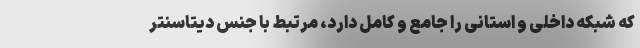
که شبکه داخلی و استانی را جامع و کامل دارد، مرتبط با جنس دیتاسنتر